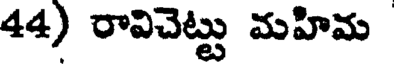
44) రావిచెట్టు మహిమ